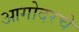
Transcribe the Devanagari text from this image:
आगोदरचे